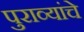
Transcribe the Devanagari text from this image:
पुराव्यांचे